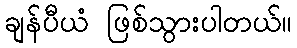
ချန်ပီယံ ဖြစ်သွားပါတယ်။